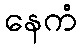
နေကံ